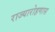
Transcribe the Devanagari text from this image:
राज्यारोहणास